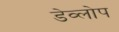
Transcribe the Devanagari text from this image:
डेव्लोप